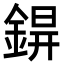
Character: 𨨊